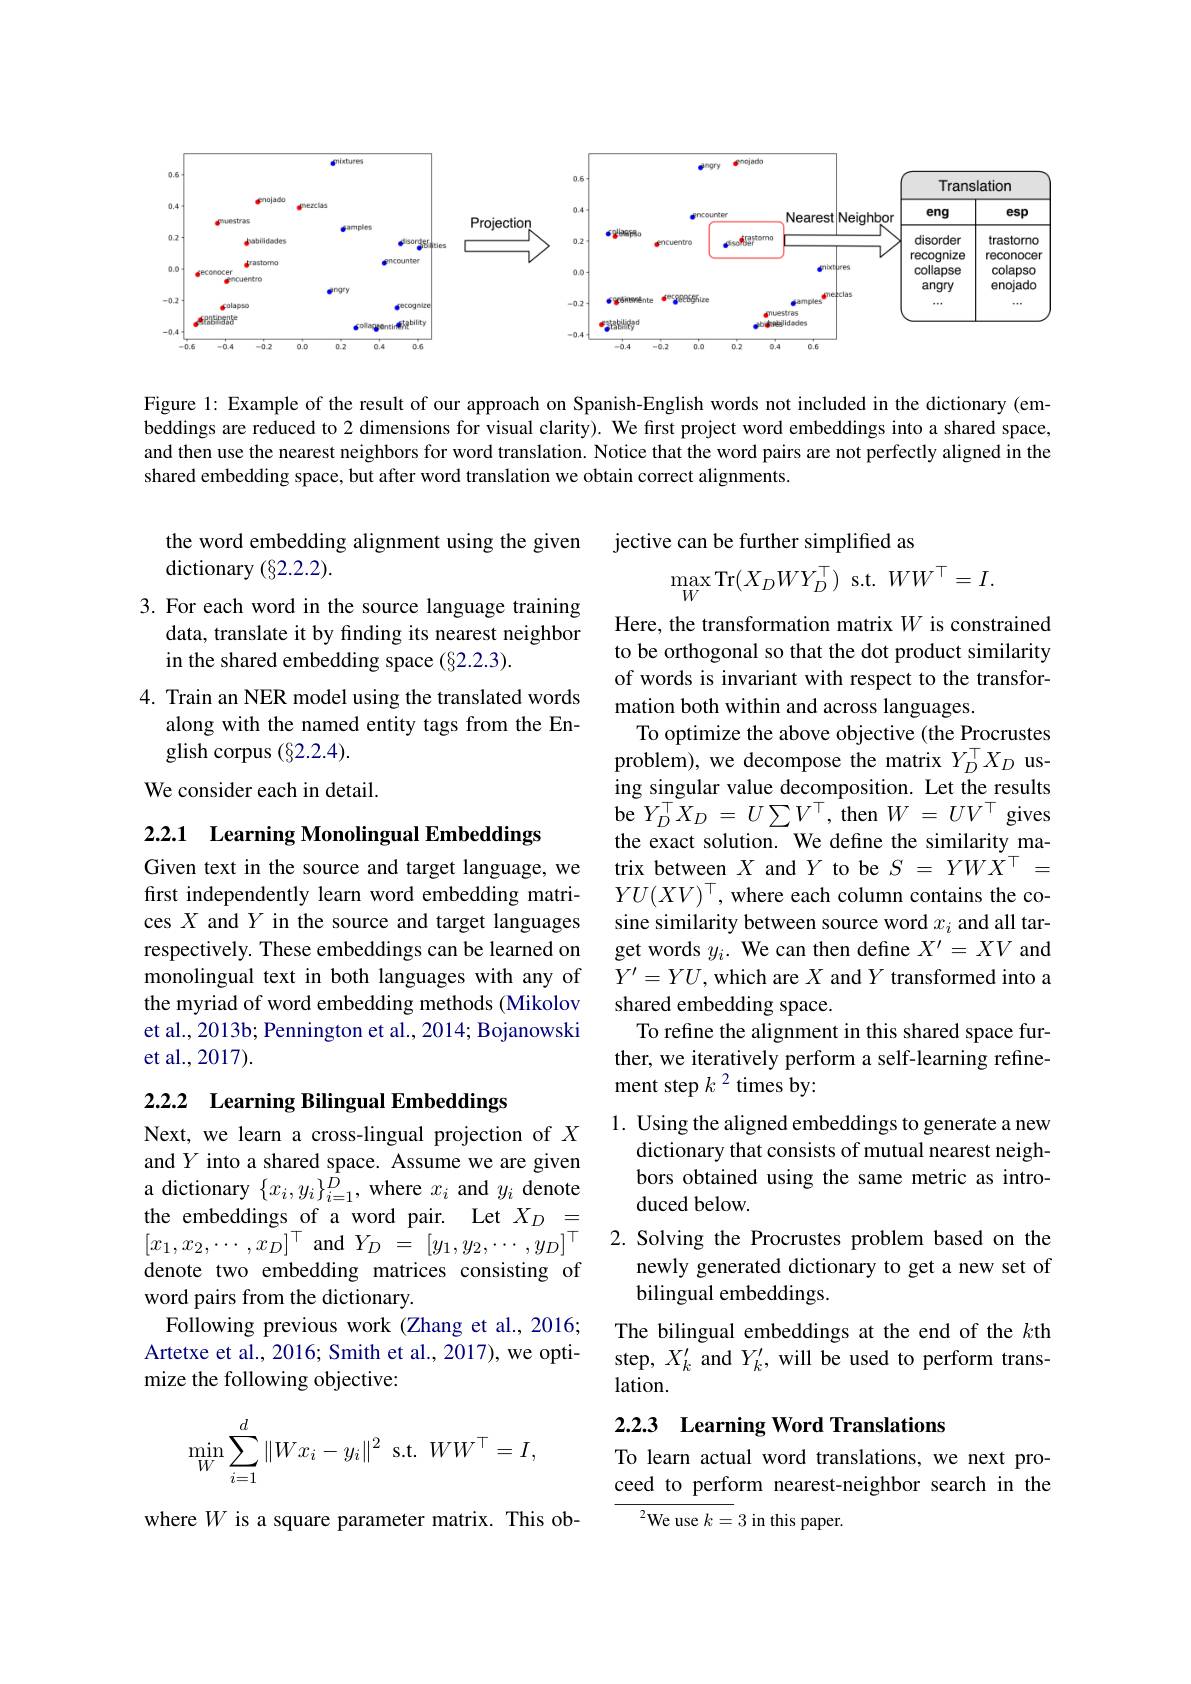
<FigureHere>

Figure 1: Example of the result of our approach on Spanish-English words not included in the dictionary (embeddings are reduced to 2 dimensions for visual clarity). We fırst project word embeddings into a shared space, and then use the nearest neighbors for word translation. Notice that the word pairs are not perfectly aligned in the shared embedding space, but after word translation we obtain correct alignments.

the word embedding alignment using the given
dictionary (§2.2.2).

jective can be further simplified as
$$\max_{W}\mathrm{Tr}(X_{D}WY_{D}^{\top})\:\mathrm{s.t.}\:WW^{\top}=I.$$
3. For each word in the source language training

data, translate it by finding its nearest neighbor
in the shared embedding space (§2.2.3).

4. Train an NER model using the translated words
along with the named entity tags from the En-
glish corpus (§2.2.4).
We consider each in detail.

2.2.1 Learning Monolingual Embeddings

Here, the transformation matrix $W$ is constrained to be orthogonal so that the dot product similarity of words is invariant with respect to the transformation both within and across languages.
To optimize the above objective (the Procrustes problem), we decompose the matrix $Y_D^\top X_D$ using singular value decomposition. Let the results be $Y_D^\top X_D=U\sum V^\top$, then $W=UV^\top$ gives the exact solution. We define the similarity matrix between $X$ and $Y$ to be $S=YWX^\top=$ $YU(XV)^\top$, where each column contains the cosine similarity between source word $x_i$ and all target words $y_i.$ We can then define $X^\prime=XV$ and $Y^{\prime}=YU$, which are $X$ and $Y$ transformed into a shared embedding space.
To refine the alignment in this shared space further, we iteratively perform a self-learning refinement step $k^{2}$ times by:

Given text in the source and target language, we first independently learn word embedding matrices $X$ and $Y$ in the source and target languages respectively. These embeddings can be learned on monolingual text in both languages with any of the myriad of word embedding methods (Mikolov et al., 2013b; Pennington et al., 2014; Bojanowski et al., 2017).

# 2.2.2 Learning Bilingual Embeddings

1. Using the aligned embeddings to generate a new
dictionary that consists of mutual nearest neighbors obtained using the same metric as introduced below.
$[x_{1},x_{2},\cdots,x_{D}]^{\top}$ and $Y_D$ = $[ y_{1}, y_{2}, \cdots , y_{D}] ^{\top }$ 2. Solving the Procrustes problem based on the
newly generated dictionary to get a new set of
bilingual embeddings.
The bilingual embeddings at the end of the $k$th step, $X_k^{\prime}$ and $Y_k^{\prime}$, will be used to perform translation.

Next, we learn a cross-lingual projection of $X$ and $Y$ into a shared space. Assume we are given a dictionary $\{x_i,y_i\}_{i=1}^D$, where $x_i$ and $y_i$ denote the embeddings of a word pair. Let $X_D=$ denote two embedding matrices consisting of word pairs from the dictionary.
Following previous work (Zhang et al., 2016; Artetxe et al., 2016; Smith et al., 2017), we optimize the following objective:

## 2.2.3 Learning Word Translations
$$\begin{aligned}\min_W\sum_{i=1}^d\|Wx_i-y_i\|^2\:\text{s.t.}\:WW^\top=I,\end{aligned}$$
To learn actual word translations, we next proceed to perform nearest-neighbor search in the

$^{2}$We use $k=3$ in this paper.

where $W$ is a square parameter matrix. This ob-